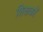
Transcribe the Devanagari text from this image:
शिक्षकोँ